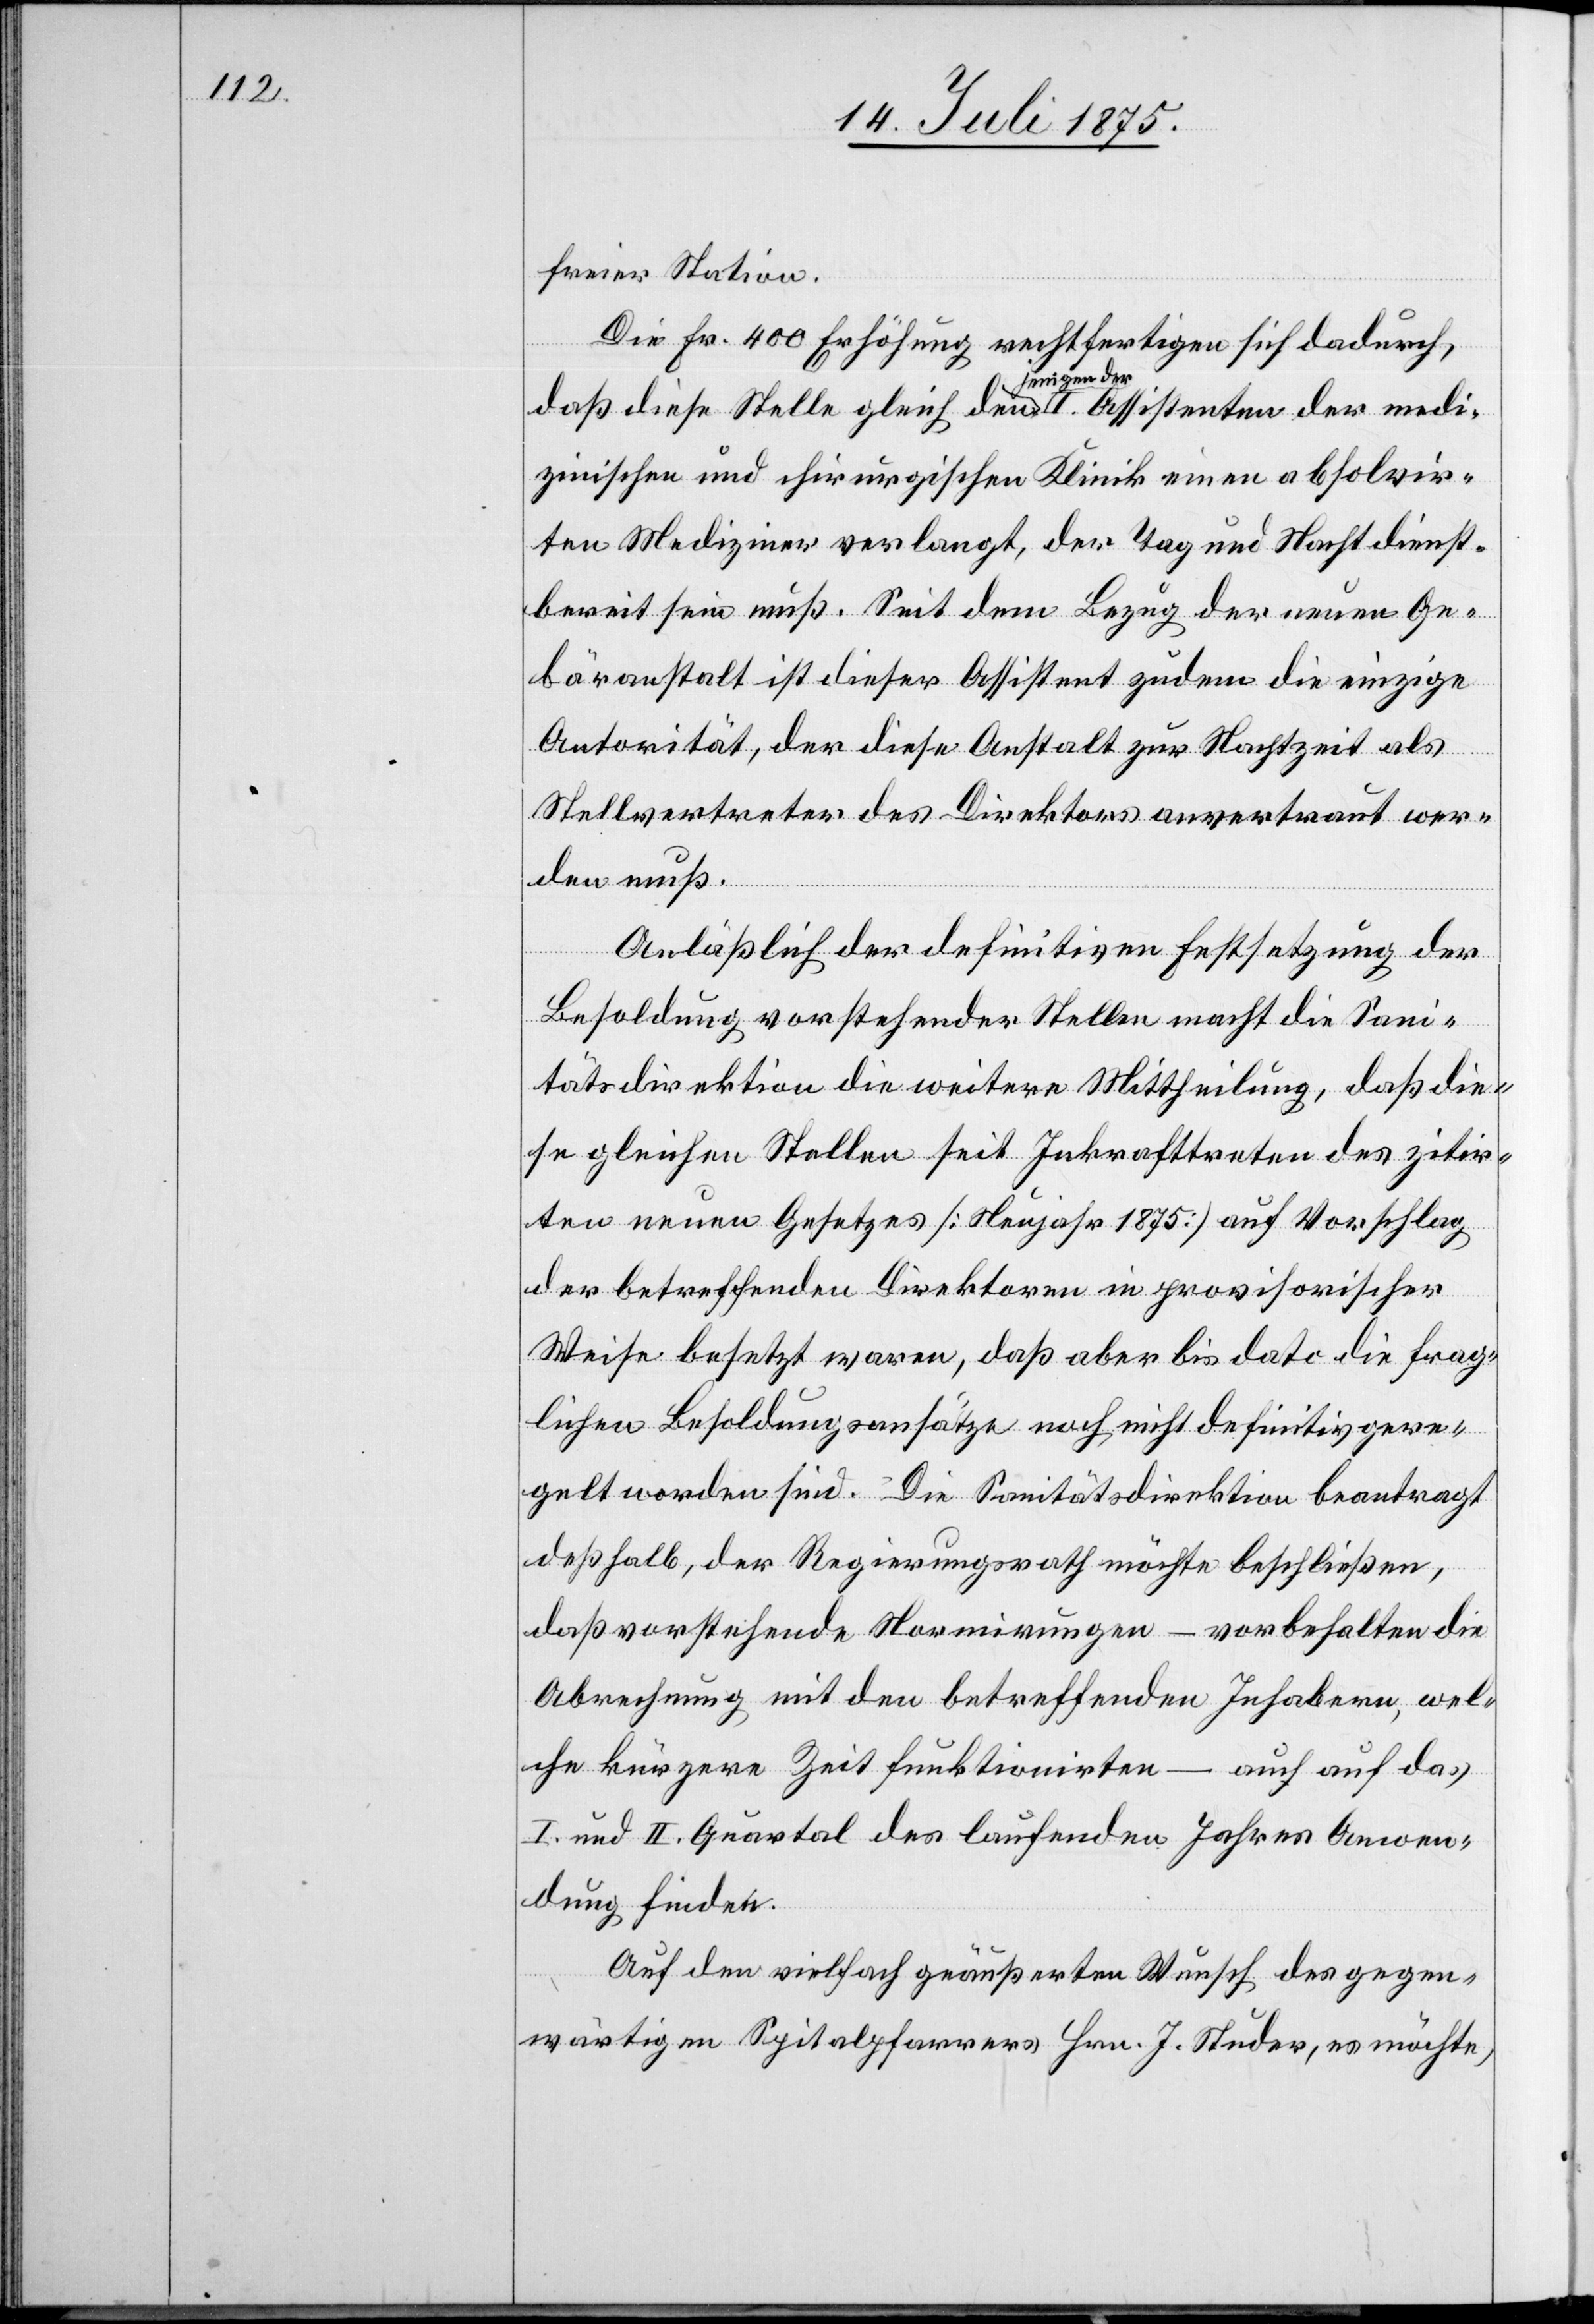
freier Station.
Die Fr. 400 Erhöhung rechtfertigen sich dadurch,
daß diese Stelle gleich denjenigen Assistenten der medi¬
zinischen und chirurgischen Klinik einen absolvir¬
ten Mediziner verlangt, der Tag und Nachtdienst
bereit sein muß. Seit dem Bezug der neuen Ge¬
bäranstalt ist dieser Assistent zudem die einzige
Autorität, der diese Anstalt zur Nachtzeit als
Stellvertreter des Direktors anvertraut wer¬
den muß.
Anläßlich der definitiven Festsetzung der
Besoldung vorstehender Stellen macht die Sani¬
tätsdirektion die weitere Mittheilung, daß die¬
se gleichen Stellen seit Inkrafttreten des zitir¬
ten neuen Gesetzes [Neujahr 1875] auf Vorschlag
der betreffenden Direktoren in provisorischer
Weise besetzt waren, daß aber bis dato die frag¬
lichen Besoldungsansätze noch nicht definitiv gere¬
gelt worden sind. Die Sanitätsdirektion beantragt
deßhalb, der Regierungsrath möchte beschließen,
daß vorstehende Normirungen – vorbehalten die
Abrechnung mit den betreffenden Inhabern, wel¬
che kürzere Zeit funktionirten – auch auf das
I. und II. Quartal des laufenden Jahres Anwen¬
dung finden.
Auf den vielfach geäußerten Wunsch des gegen¬
wärtigen Spitalpfarrers Hrn. J. Studer, es möchte,